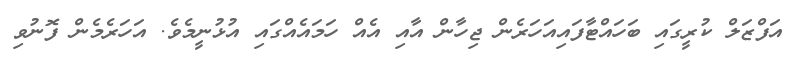
އަފްޒަލް ކުރީގައި ބަހައްޓާފައިއަހަރެން ޖިހާން އާއި އެއް ހަމައެއްގައި އުޅުނީމެވެ. އަހަރެމެން ފޮނުވި